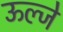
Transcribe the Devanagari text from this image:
ऊल्जे